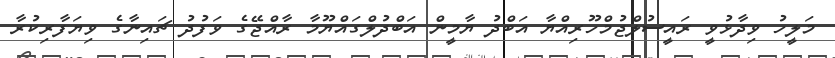
މަލީހު ވިދާޅުވީ ރައީސުލްޖުމްހޫރިއްޔާ އަބްދު ޔާމީން އަބްދުލްގައްޔޫމާ ރާއްޖޭގެ ވަފުދު ޗައިނާގެ ވިޔަފާރިކުރާ